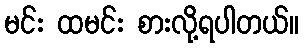
မင်း ထမင်း စားလို့ရပါတယ်။